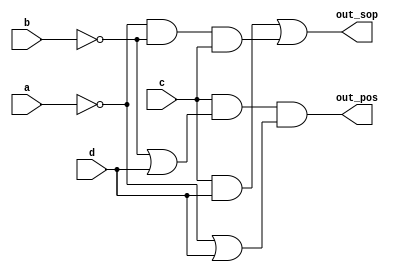
module top_module (
    input a,
    input b,
    input c,
    input d,
    output out_sop,
    output out_pos
); 

    assign out_sop = (c & d) | (~a & ~b & c);
    assign out_pos = (c) & (~b | d) & (~a | d); // De Morgan

endmodule